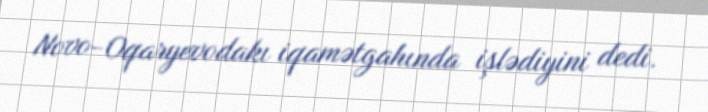
Novo-Oqaryevodakı iqamətgahında işlədiyini dedi.